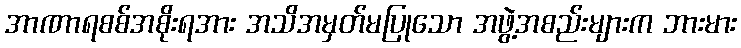
အာဏာရစစ်အစိုးရအား အသိအမှတ်မပြုသော အဖွဲ့အစည်းများက ဘားမား